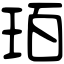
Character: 𤤿